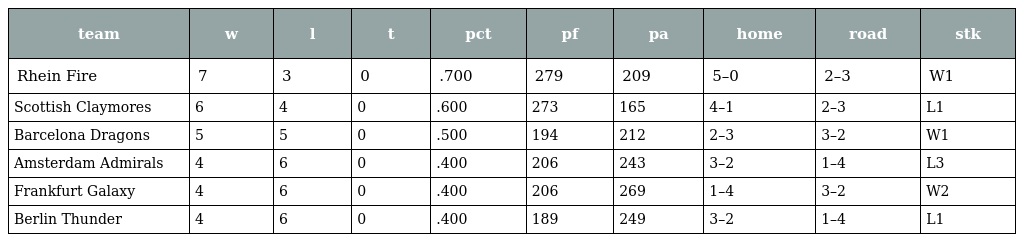
| team | w | l | t | pct | pf | pa | home | road | stk |
 | --- | --- | --- | --- | --- | --- | --- | --- | --- | --- |
 | Rhein Fire | 7 | 3 | 0 | .700 | 279 | 209 | 5–0 | 2–3 | W1 |
 | Scottish Claymores | 6 | 4 | 0 | .600 | 273 | 165 | 4–1 | 2–3 | L1 |
 | Barcelona Dragons | 5 | 5 | 0 | .500 | 194 | 212 | 2–3 | 3–2 | W1 |
 | Amsterdam Admirals | 4 | 6 | 0 | .400 | 206 | 243 | 3–2 | 1–4 | L3 |
 | Frankfurt Galaxy | 4 | 6 | 0 | .400 | 206 | 269 | 1–4 | 3–2 | W2 |
 | Berlin Thunder | 4 | 6 | 0 | .400 | 189 | 249 | 3–2 | 1–4 | L1 |